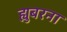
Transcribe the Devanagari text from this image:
ह्युबरना